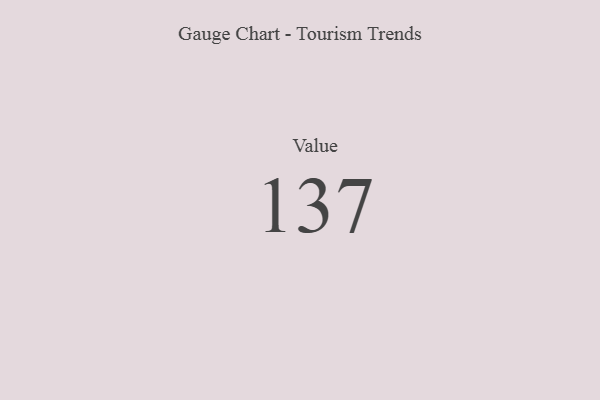
{"axis": {"x": "Metric", "y": "Value"}, "legend": [""], "data": [{"x": "Value", "y": 137, "type": ""}]}